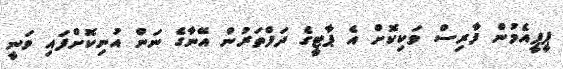
ޕީޕީއެމުން ފާރިސް ވަކިކޮށް އެ ޕާޓީގެ ދަފްތަރުން އޭނާގެ ނަން އުނިކޮށްފައި ވަނީ